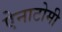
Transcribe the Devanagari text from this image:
ऐनाटोमी